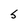
Character: S